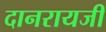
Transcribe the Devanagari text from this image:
दानरायजी